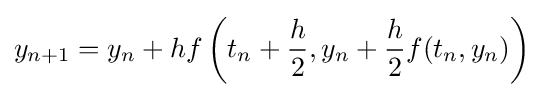
y_{n+1}=y_{n}+hf\left(t_{n}+{\frac {h}{2}},y_{n}+{\frac {h}{2}}f(t_{n},y_{n})\right)